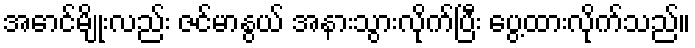
အောင်မျိုးလည်း ဇင်မာနွယ် အနားသွားလိုက်ပြီး ပွေ့ထားလိုက်သည်။